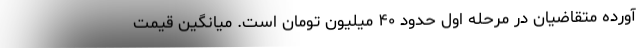
آورده متقاضیان در مرحله اول حدود ۴۰ میلیون تومان است. میانگین قیمت